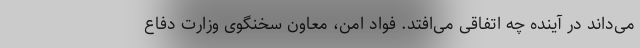
می‌داند در آینده چه اتفاقی می‌افتد. فواد امن، معاون سخنگوی وزارت دفاع